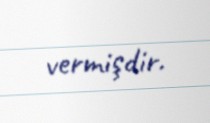
vermişdir.